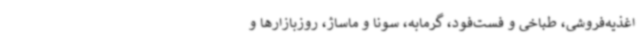
اغذیه‌فروشی، طباخی و فست‌فود، گرمابه، سونا و ماساژ، روزبازارها و